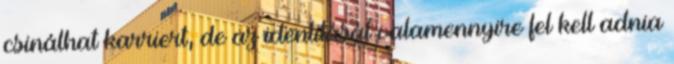
csinálhat karriert, de az identitását valamennyire fel kell adnia